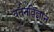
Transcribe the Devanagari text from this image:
वर्तनविज्ञान